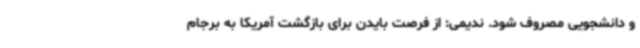
و دانشجویی مصروف شود. ندیمی: از فرصت بایدن برای بازگشت آمریکا به برجام